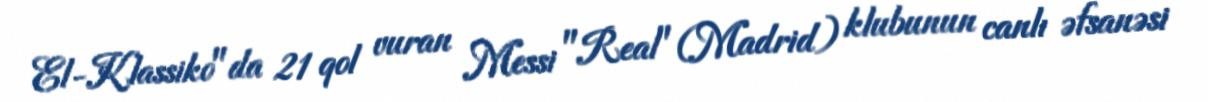
El-Klassiko"da 21 qol vuran Messi "Real" (Madrid) klubunun canlı əfsanəsi